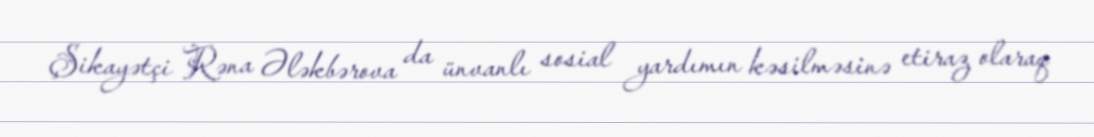
Şikayətçi Rəna Ələkbərova da ünvanlı sosial yardımın kəsilməsinə etiraz olaraq